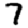
Digit: 7